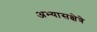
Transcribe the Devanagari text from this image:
अभ्यासक्षेत्रे